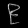
Digit: ၉